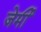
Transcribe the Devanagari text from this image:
जेर्मी